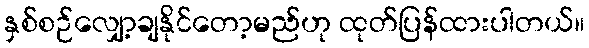
နှစ်စဉ်လျှော့ချနိုင်တော့မည်ဟု ထုတ်ပြန်ထားပါတယ်။